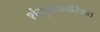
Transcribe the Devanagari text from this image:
शंभुराजचरित्रात